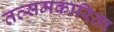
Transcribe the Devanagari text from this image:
तत्समकारिता